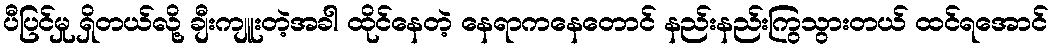
ပီပြင်မှု ရှိတယ်လို့ ချီးကျူးတဲ့အခါ ထိုင်နေတဲ့ နေရာကနေတောင် နည်းနည်းကြွသွားတယ် ထင်ရအောင်